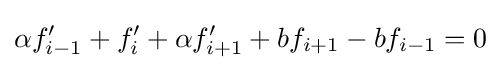
\alpha f'_{i-1}+f'_{i}+\alpha f'_{i+1}+bf_{i+1}-bf_{i-1}=0